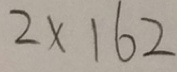
2 \times 1 6 2